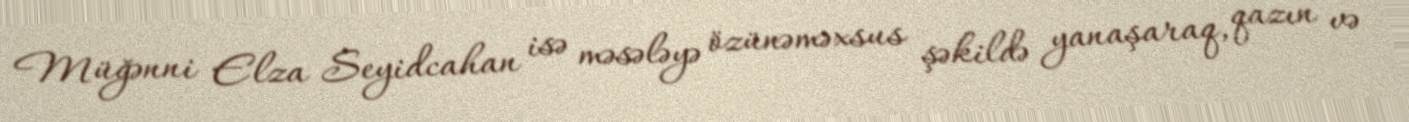
Müğənni Elza Seyidcahan isə məsələyə özünəməxsus şəkildə yanaşaraq, qazın və